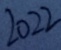
2 0 2 2